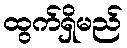
ထွက်ရှိမည်